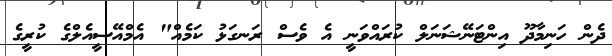
ދެން ހަނިމާދޫ އިންޓަނޭޝަނަލް ކުރައްވަނީ އެ ވެސް ރަނގަޅު ކަމެއް" އެމްއޭސީއެލްގެ ކުރީގެ